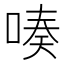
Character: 𠸫